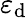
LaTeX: \varepsilon_{\mathrm{d}}